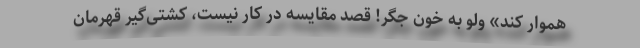
هموار کند» ولو به خون جگر! قصد مقایسه در کار نیست، کشتی‌گیر قهرمان